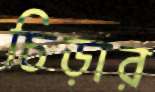
চিড়ার